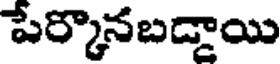
పేర్కొనబడ్డాయి